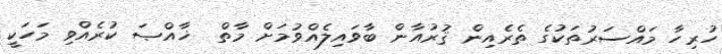
ހުރިހާ މައްސަރުތަކުގެ ތެރެއިން ޤުރުއާން ބާވައިލެއްވުމަށް މާތް  ޚާއްޞަ ކުރެއްވި މަހަކީ